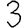
Digit: 3